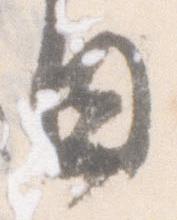
日